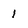
Character: 1